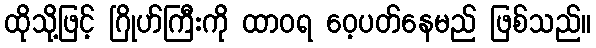
ထိုသို့ဖြင့် ဂြိုဟ်ကြီးကို ထာဝရ ဝေ့ပတ်နေမည် ဖြစ်သည်။